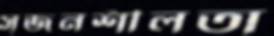
সৃজনশীলতা